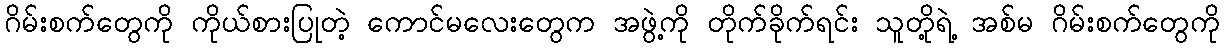
ဂိမ်းစက်တွေကို ကိုယ်စားပြုတဲ့ ကောင်မလေးတွေက အဖွဲ့ကို တိုက်ခိုက်ရင်း သူတို့ရဲ့ အစ်မ ဂိမ်းစက်တွေကို